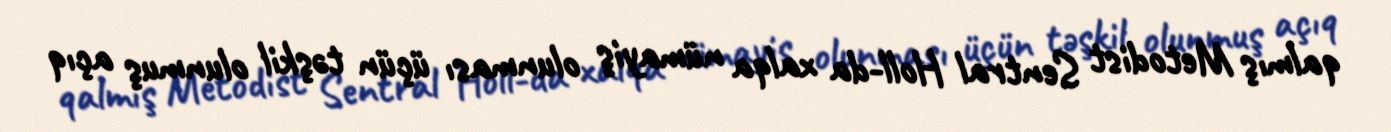
qalmış Metodist Sentral Holl-da xalqa nümayiş olunması üçün təşkil olunmuş açıq